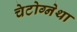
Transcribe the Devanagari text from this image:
चेटोग्नेथा